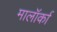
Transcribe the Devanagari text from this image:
मालॉर्का